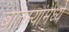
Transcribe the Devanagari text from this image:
बातम्यांमध्ये